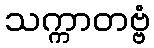
သက္ကာတဗ္ဗံ